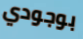
بوجودي